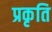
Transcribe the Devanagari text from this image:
प्रकृति